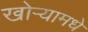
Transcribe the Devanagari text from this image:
खोऱ्यामधे